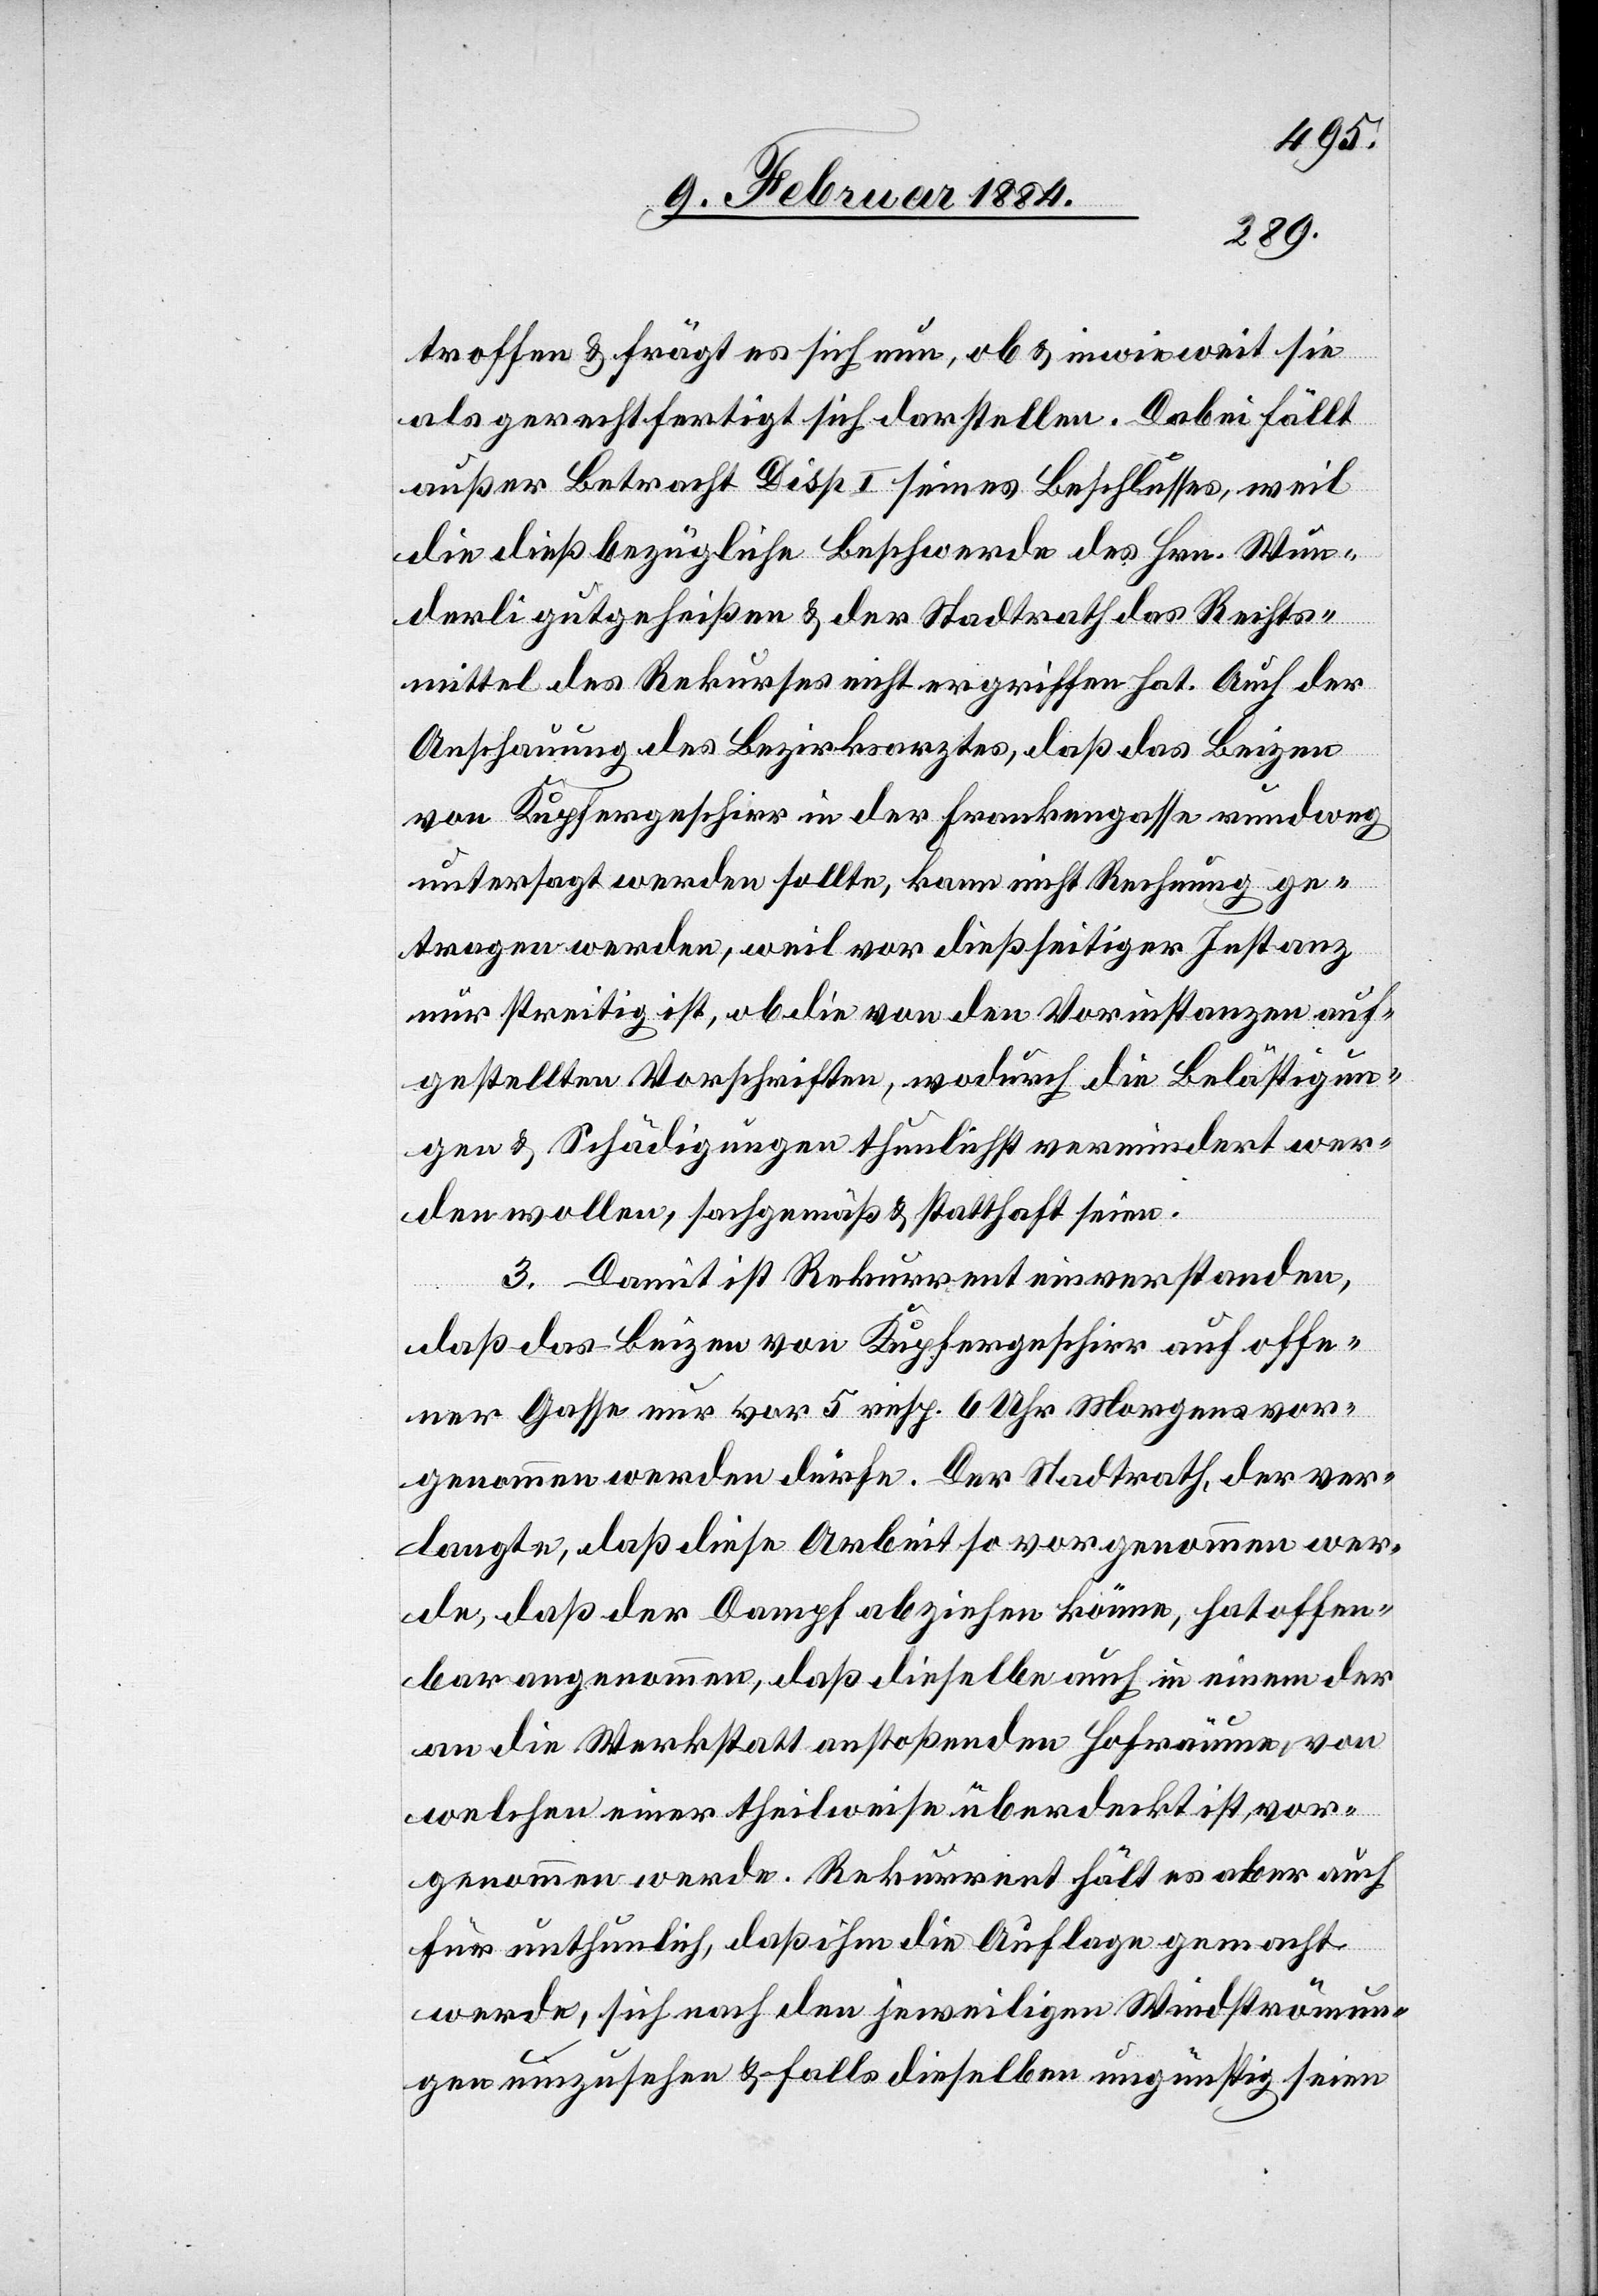
troffen & frägt es sich nun, ob & inwieweit sie
als gerechtfertigt sich darstellen. Dabei fällt
außer Betracht Disp. I seines Beschlusses, weil
die dießbezügliche Beschwerde des Hrn. Wun¬
derli gutgeheißen & der Stadtrath das Rechts¬
mittel des Rekurses nicht ergriffen hat. Auch der
Anschauung des Bezirksarztes, daß das Beizen
von Kupfergeschirr in der Frankengasse rundweg
untersagt werden sollte, kann nicht Rechnung ge¬
tragen werden, weil vor dießseitiger Instanz
nur streitig ist, ob die von den Vorinstanzen auf¬
gestellten Vorschriften, wodurch die Belästigun¬
gen & Schädigungen thunlichst vermindert wer¬
den wollen, sachgemäß & statthaft seien.
3. Damit ist Rekurrent einverstanden,
daß das Beizen von Kupfergeschirr auf offe¬
ner Gasse nur vor 5 resp. 6 Uhr Morgens vor¬
genommen werden dürfe. Der Stadtrath, der ver¬
langte, daß diese Arbeit so vorgenommen wer¬
de, daß der Dampf abziehen könne, hat offen¬
bar angenommen, daß dieselbe auch in einem der
an die Werkstatt anstoßenden Hofräume, von
welchen einer theilweise überdeckt ist, vor¬
genommen werde. Rekurrent hält es aber auch
für unthunlich, daß ihm die Auflage gemacht
werde, sich nach den jeweiligen Windströmun¬
gen umzusehen & falls dieselben ungünstig seien